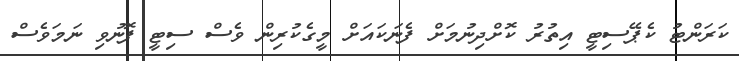
ކަރަންޓު ކެޕޭސިޓީ އިތުރު ކޮށްދިނުމަށް ފެނަކައަށް މީގެކުރިން ވެސް ސިޓީ ފޮނުވި ނަމަވެސް